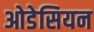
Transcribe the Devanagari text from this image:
ओडेसियन